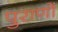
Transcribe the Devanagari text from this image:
पुराणाें